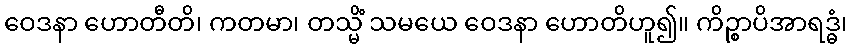
ဝေဒနာ ဟောတီတိ၊ ကတမာ၊ တသ္မိံ သမယေ ဝေဒနာ ဟောတိဟူ၍။ ကိဉ္စာပိအာရဒ္ဓံ၊